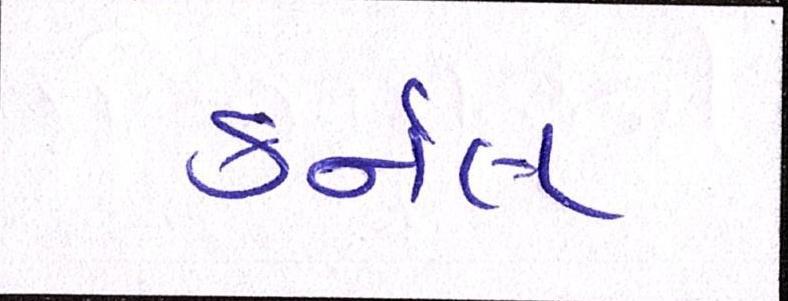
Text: કર્નલ